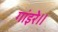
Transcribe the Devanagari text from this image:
गांइरे॥